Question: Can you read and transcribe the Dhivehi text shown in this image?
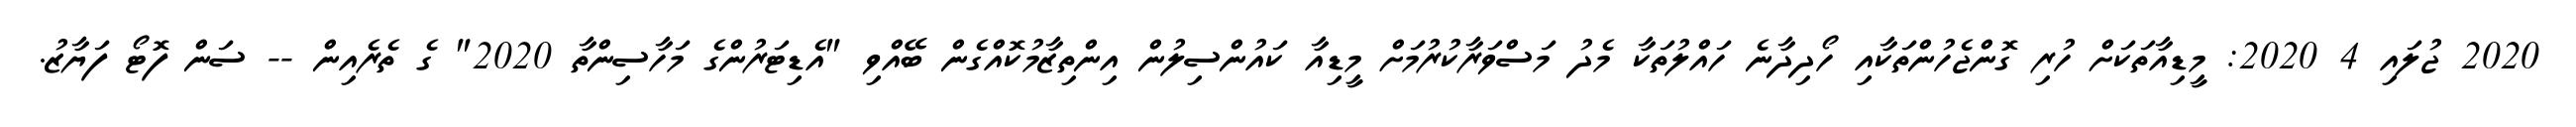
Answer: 2020 ޖުލައި 4 2020: މީޑިއާތަކަށް ހުރި ގޮންޖެހުންތަކާއި ހޯދިދާނެ ހައްލުތަކާ މެދު މަސްވަރާކުރުމަށް މީޑިއާ ކައުންސިލުން އިންތިޒާމުކޮއްގެން ބޭއްވި "އެޑިޓަރުންގެ މަހާސިންތާ 2020" ގެ ތެރެއިން -- ސަން ފޮޓޯ ފަޔާޒު.